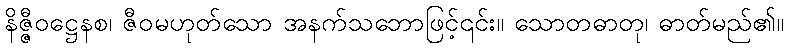
နိဇ္ဇီဝဋ္ဌေနစ၊ ဇီဝမဟုတ်သော အနက်သဘောဖြင့်၎င်း။ သောတဓာတု၊ ဓာတ်မည်၏။